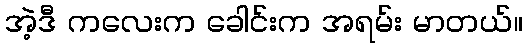
အဲ့ဒီ ကလေးက ခေါင်းက အရမ်း မာတယ်။